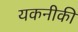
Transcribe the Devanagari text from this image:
यकनीकी